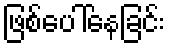
ဖြစ်ပေါ်နေခြင်း